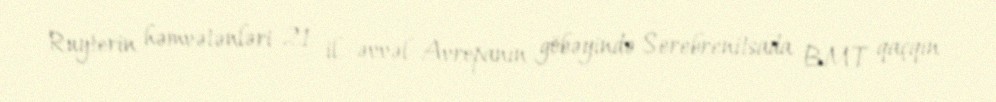
Ruyterin həmvətənləri 21 il əvvəl Avropanın göbəyində Serebrenitsada BMT qaçqın